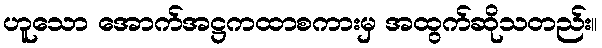
ဟူသော အောက်အဋ္ဌကထာစကားမှ အထွက်ဆိုသတည်း။